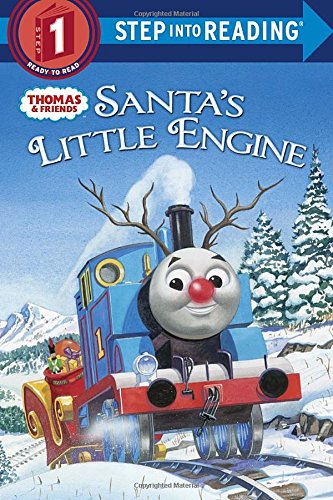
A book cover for Santa's Little Engine  (Thomas & Friends) (Step into Reading); Rev. W. Awdry; Children's Books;